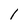
Character: l